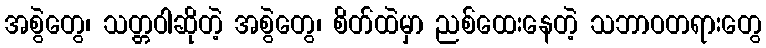
အစွဲတွေ၊ သတ္တဝါဆိုတဲ့ အစွဲတွေ၊ စိတ်ထဲမှာ ညစ်ထေးနေတဲ့ သဘာဝတရားတွေ